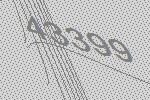
43399